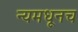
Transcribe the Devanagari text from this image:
न्यमधूनच